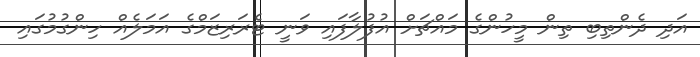
އަދި ދެންތިބި ތިން މީހުންގެ މައްޗަށް އުފުލާފައި ވަނީ ޓެރަރިޒަމްގެ އަމަލެއް ހިންގުމުގައި